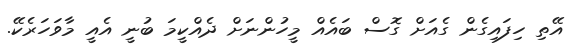
އޭތި ހިފައިގެން ގެއަށް ގޮސް ބައެއް މީހުންނަށް ދެއްކީމަ ބުނީ އެއީ މާވަހަރެކޭ.